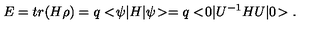
E = t r ( H \rho ) = q < \! \psi | H | \psi \! > = q < \! 0 | U ^ { - 1 } H U | 0 \! > .